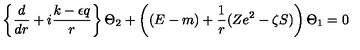
\left\{ \frac d { d r } + i \frac { k - \epsilon q } r \right\} \Theta _ { 2 } + \left( ( E - m ) + \frac 1 r ( Z e ^ { 2 } - \zeta S ) \right) \Theta _ { 1 } = 0